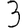
Digit: 3